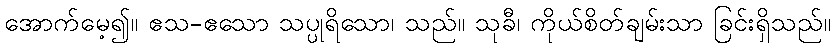
အောက်မေ့၍။ ဧသ-ဧသော သပ္ပုရိသော၊ သည်။ သုခီ၊ ကိုယ်စိတ်ချမ်းသာ ခြင်းရှိသည်။